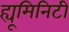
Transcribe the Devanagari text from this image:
ह्यूमिनिटी